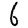
Digit: 6